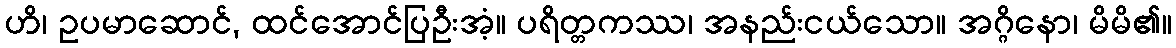
ဟိ၊ ဥပမာဆောင်, ထင်အောင်ပြဦးအံ့။ ပရိတ္တကဿ၊ အနည်းငယ်သော။ အဂ္ဂိနော၊ မိမိ၏။